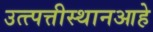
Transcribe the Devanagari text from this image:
उत्त्पत्तीस्थानआहे